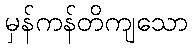
မှန်ကန်တိကျသော